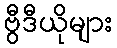
ဗွီဒီယိုများ